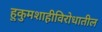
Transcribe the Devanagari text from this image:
हुकुमशाहीविरोधातील